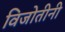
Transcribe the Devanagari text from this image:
विजोतीनी